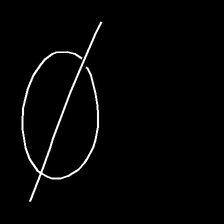
Glyph: orb